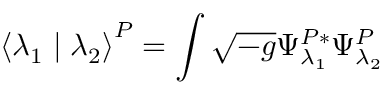
\left< \lambda _ { 1 } \mid \lambda _ { 2 } \right> ^ { P } = \int \sqrt { - g } \Psi _ { \lambda _ { 1 } } ^ { P * } \Psi _ { \lambda _ { 2 } } ^ { P }